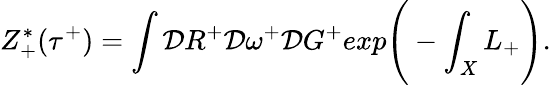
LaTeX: Z_{+}^{*}(\tau^{+})=\int{\cal D}R^{+}{\cal D}\omega^{+}{\cal D}G^{+}exp\Bigg(-\int_{X}L_{+}\Bigg).